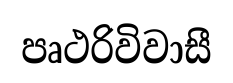
පෘථරිවිවාසී